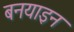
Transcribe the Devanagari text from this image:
बनयाइन